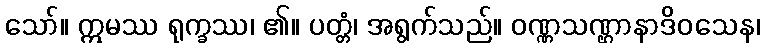
သော်။ ဣမဿ ရုက္ခဿ၊ ၏။ ပတ္တံ၊ အရွက်သည်။ ဝဏ္ဏသဏ္ဌာနာဒိဝသေန၊